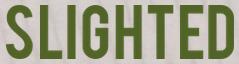
SLIGHTED